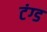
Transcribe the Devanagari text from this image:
टंग्ड